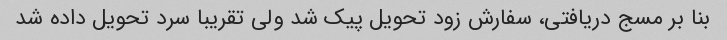
بنا بر مسج دریافتی، سفارش زود تحویل پیک شد ولی تقریبا سرد تحویل داده شد